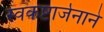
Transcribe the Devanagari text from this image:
स्वकष्टार्जनाने